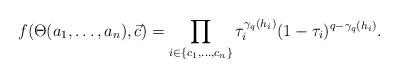
LaTeX: \begin{gather*}f(\Theta(a_1,\dotsc,a_n),\vec{c}) = \prod_{i\in\{c_1,\dotsc,c_n\}}\tau_i^{\gamma_q(h_i)}(1-\tau_i)^{q-\gamma_q(h_i)}.\end{gather*}